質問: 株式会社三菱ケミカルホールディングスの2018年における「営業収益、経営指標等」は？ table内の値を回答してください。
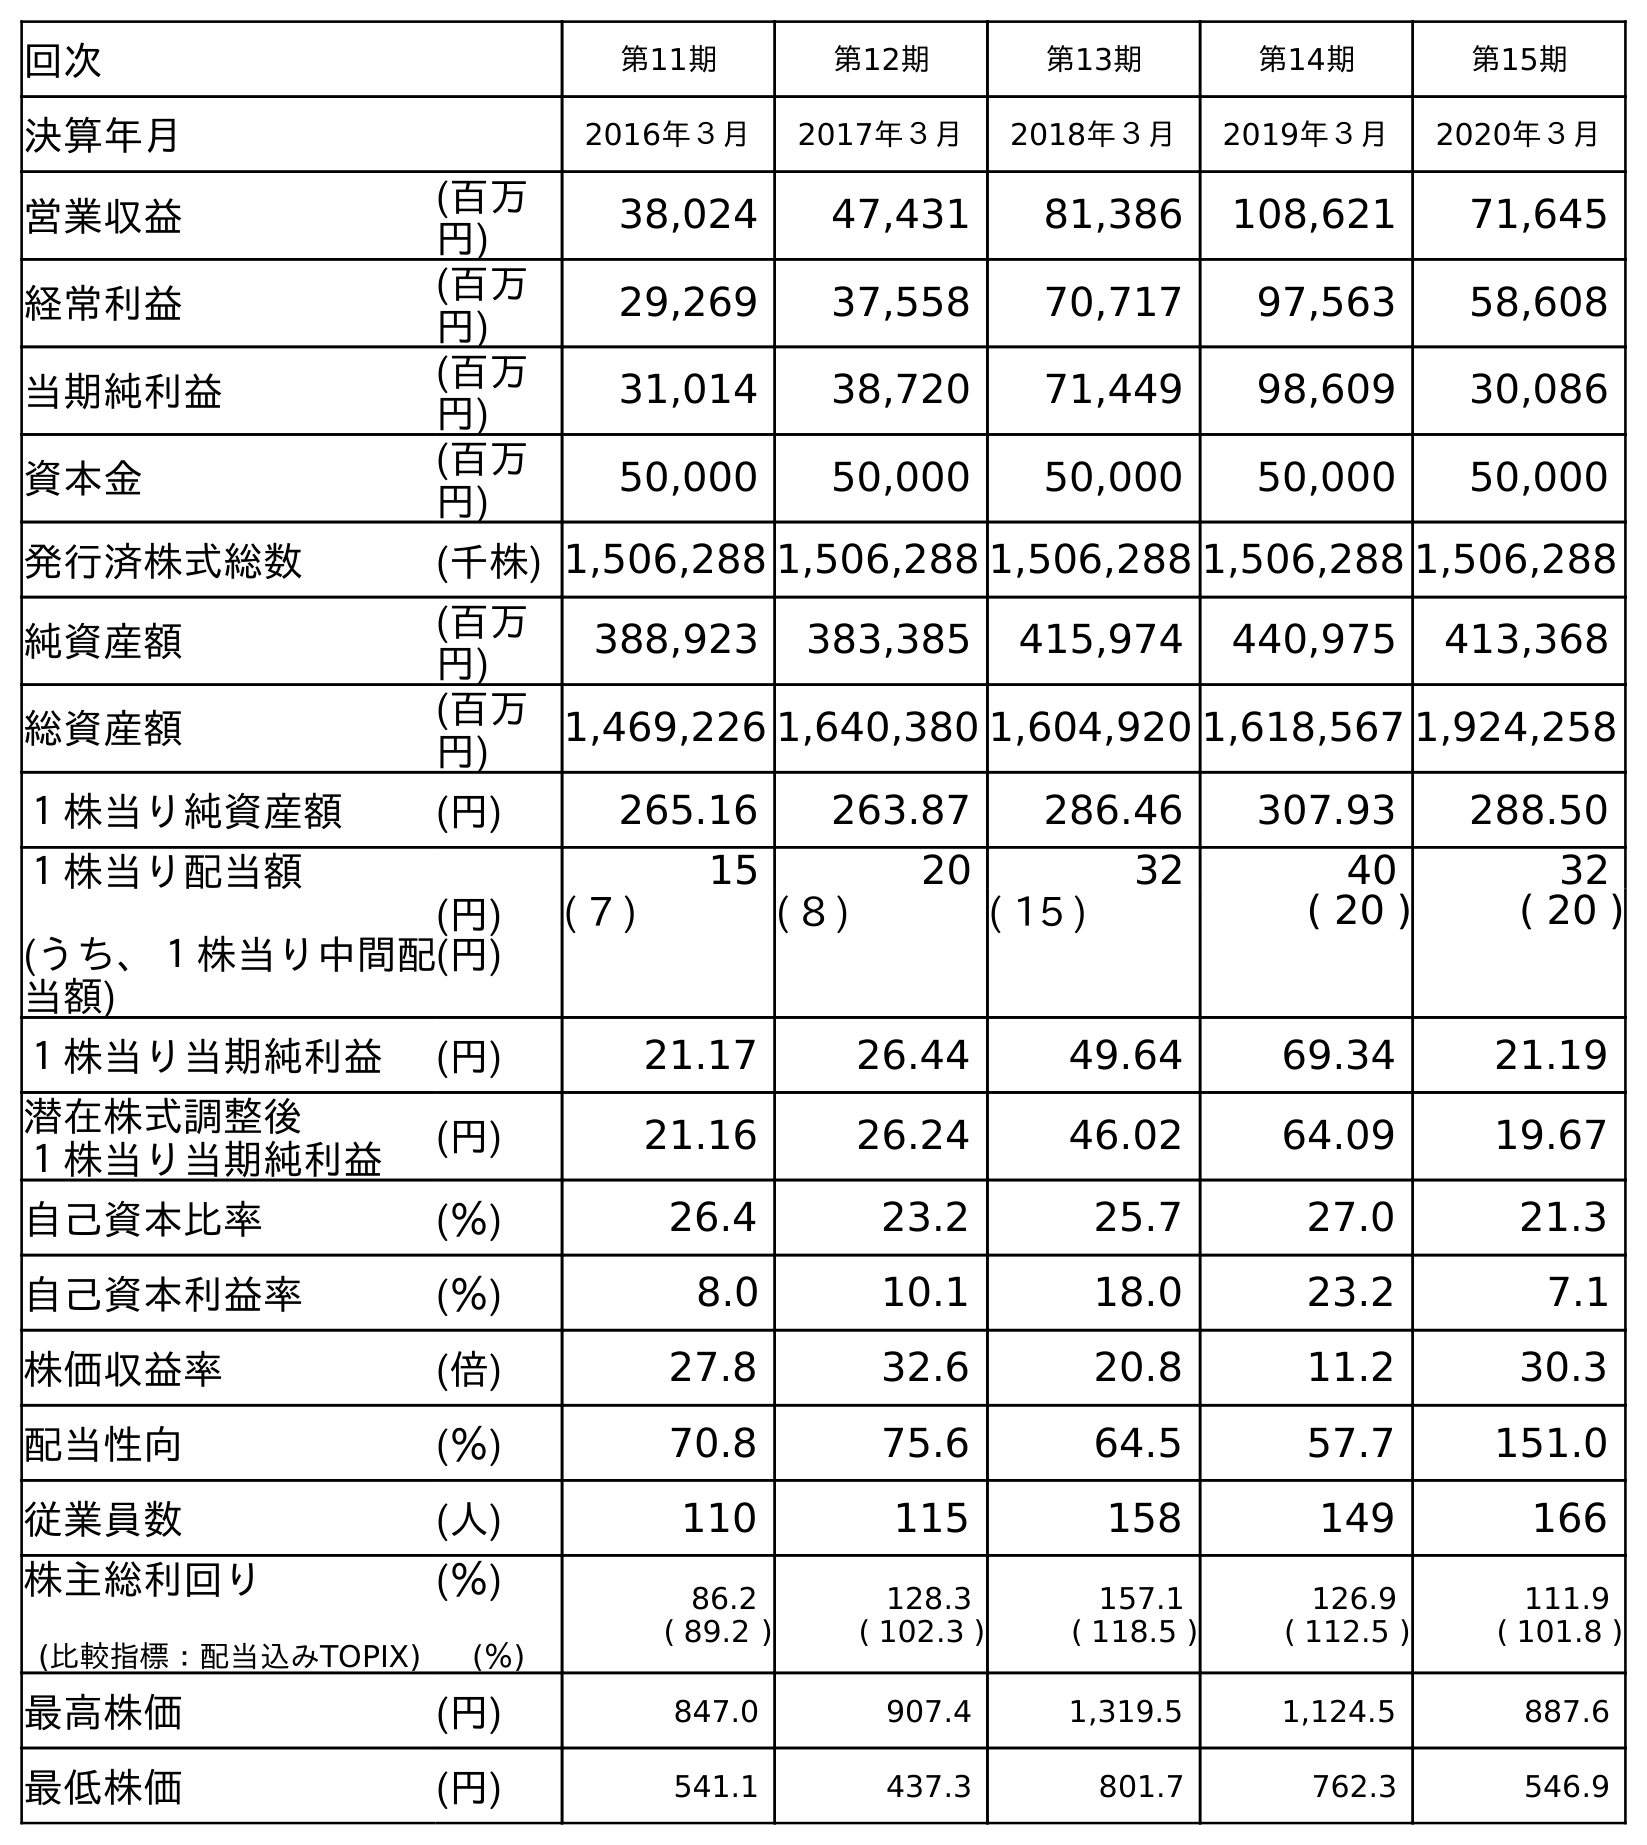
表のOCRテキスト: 回次 第11期 第12期 第13期 第14期 第15期 決算年月 2016年３月 2017年３月 2018年３月 2019年３月 2020年３月 営業収益 (百万 円) 38,024 47,431 81,386 108,621 71,645 経常利益 (百万 円) 29,269 37,558 70,717 97,563 58,608 当期純利益 (百万 円) 31,014 38,720 71,449 98,609 30,086 資本金 (百万 円) 50,000 50,000 50,000 50,000 50,000 発行済株式総数 (千株) 1,506,288 1,506,288 1,506,288 1,506,288 1,506,288 純資産額 (百万 円) 388,923 383,385 415,974 440,975 413,368 総資産額 (百万 円) 1,469,226 1,640,380 1,604,920 1,618,567 1,924,258 １株当り純資産額 (円) 265.16 263.87 286.46 307.93 288.50 １株当り配当額 (うち、１株当り中間配 当額) (円) (円) 15 20 32 40 32 ( 7 ) ( 8 ) ( 15 ) ( 20 ) ( 20 ) １株当り当期純利益 (円) 21.17 26.44 49.64 69.34 21.19 潜在株式調整後 １株当り当期純利益 (円) 21.16 26.24 46.02 64.09 19.67 自己資本比率 (％) 26.4 23.2 25.7 27.0 21.3 自己資本利益率 (％) 8.0 10.1 18.0 23.2 7.1 株価収益率 (倍) 27.8 32.6 20.8 11.2 30.3 配当性向 (％) 70.8 75.6 64.5 57.7 151.0 従業員数 (人) 110 115 158 149 166 株主総利回り (比較指標：配当込みTOPIX) (％) (％) 86.2 ( 89.2 ) 128.3 ( 102.3 ) 157.1 ( 118.5 ) 126.9 ( 112.5 ) 111.9 ( 101.8 ) 最高株価 (円) 847.0 907.4 1,319.5 1,124.5 887.6 最低株価 (円) 541.1 437.3 801.7 762.3 546.9
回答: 81,386